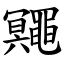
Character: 鼆